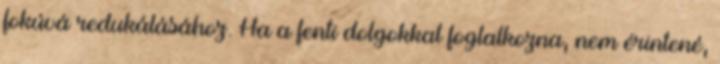
fokúvá redukálásához. Ha a fenti dolgokkal foglalkozna, nem érintené,